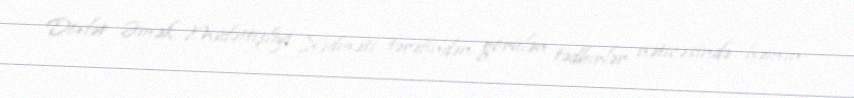
Dövlət Əmək Müfəttişliyi Xidməti tərəfindən görülən tədbirlər nəticəsində həmin